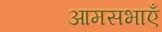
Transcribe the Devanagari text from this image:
आमसभाएँ